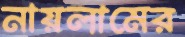
নায়লামের